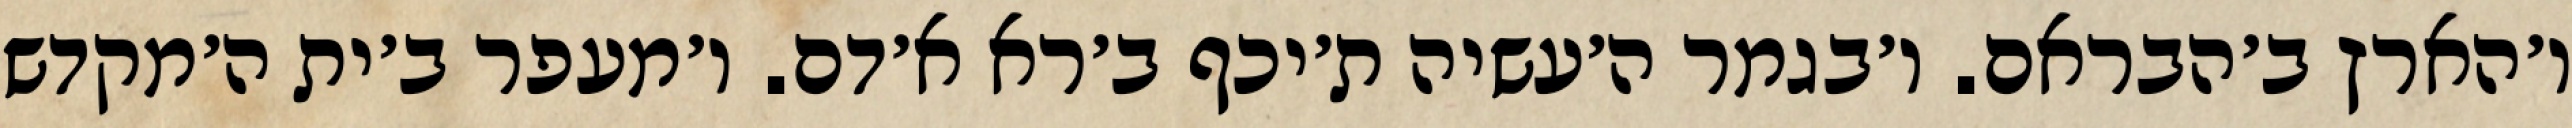
ו׳הארץ ב׳הבראם. ו׳בגמר ה׳עשיה ת׳יכף ב׳רא א׳דם. ו׳מעפר ב׳ית ה׳מקדש